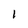
Character: 1